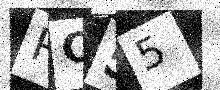
Text: PC55